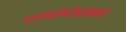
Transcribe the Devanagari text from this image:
राजपरंपरेप्रमाणे